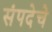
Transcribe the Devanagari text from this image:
संपदेचे